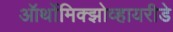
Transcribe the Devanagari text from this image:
ऑर्थोमिक्झोव्हायरीडे